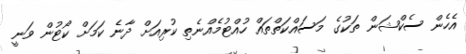
އެހެން ސެކްޝަން ތަކުގެ މަސައްކަތްތައް ހުއްޓުމެއްނެތި ކުރިއަށް ދާނެ ކަމަށް ކޯޓުން ވަނީ